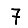
Digit: 7